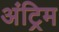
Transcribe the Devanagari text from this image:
अंट्रिम